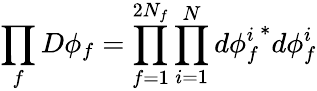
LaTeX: \prod_{f}D\phi_{f}=\prod_{f=1}^{2N_{f}}\prod_{i=1}^{N}d{\phi_{f}^{i}}^{*}d\phi_{f}^{i}